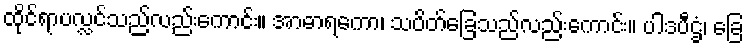
ထိုင်ရာပလ္လင်သည်လည်းကောင်း။ အာဓာရကော၊ သပိတ်ခြေသည်လည်းကောင်း။ ပါဒပီဌံ၊ ခြေ